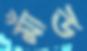
মাঁউ